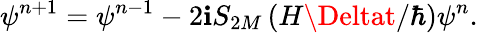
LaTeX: \psi^{n+1}=\psi^{n-1}-2\mathbf{i}S_{2M}\left(H\Deltat/\hbar\right)\psi^{n}.